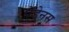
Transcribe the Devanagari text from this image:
पेंडेनस